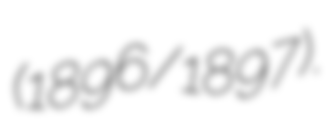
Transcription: (1896/1897).